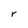
Character: r